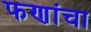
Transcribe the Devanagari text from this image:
फणांचा